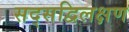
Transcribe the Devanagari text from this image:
सद्सद्विलक्षण